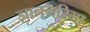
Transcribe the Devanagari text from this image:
ज्ञानगरिमा